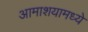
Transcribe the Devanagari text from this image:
आमाशयामध्ये